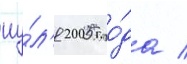
иу́л'я 2005 го́да /